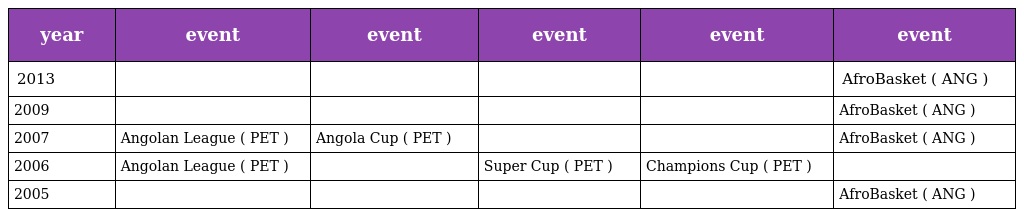
| year | event | event | event | event | event |
 | --- | --- | --- | --- | --- | --- |
 | 2013 |  |  |  |  | AfroBasket ( ANG ) |
 | 2009 |  |  |  |  | AfroBasket ( ANG ) |
 | 2007 | Angolan League ( PET ) | Angola Cup ( PET ) |  |  | AfroBasket ( ANG ) |
 | 2006 | Angolan League ( PET ) |  | Super Cup ( PET ) | Champions Cup ( PET ) |  |
 | 2005 |  |  |  |  | AfroBasket ( ANG ) |